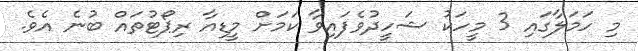
މި ހަމަލާގައި 3 މީހަކު ޝަހީދުވެފައިވާ ކަމަށް މީޑިއާ ރިޕޯޓުތައް ބުނެ އެވެ.